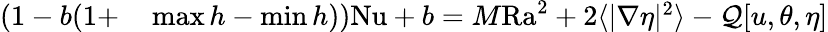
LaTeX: \begin{array}{rl}{(1-b(1+}&{{}\operatorname*{max}h-\operatorname*{min}h))\mathrm{{Nu}}+b=M\mathrm{{Ra}}^{2}+2\langle|\nabla\eta|^{2}\rangle-\mathcal{Q}[u,\theta,\eta]}\end{array}